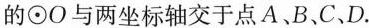
的⊙O与两坐标轴交于点A B、C、D.